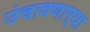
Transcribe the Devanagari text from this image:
उंचावणार्‍या